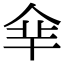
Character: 𠈾